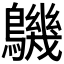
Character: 𪅹